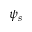
\psi _ { s }